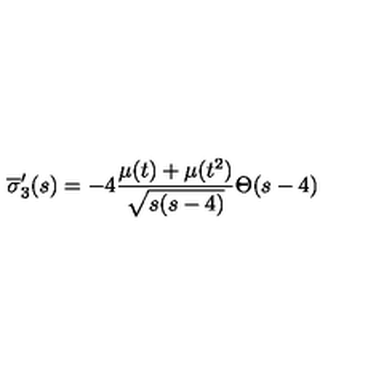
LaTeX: \overline { { \sigma } } _ { 3 } ^ { \prime } ( s ) = - 4 \frac { \mu ( t ) + \mu ( t ^ { 2 } ) } { \sqrt { s ( s - 4 ) } } \Theta ( s - 4 )